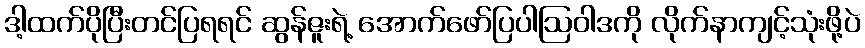
ဒါ့ထက်ပိုပြီးတင်ပြရရင် ဆွန်ဇူးရဲ့ အောက်ဖော်ပြပါဩဝါဒကို လိုက်နာကျင့်သုံးဖို့ပဲ